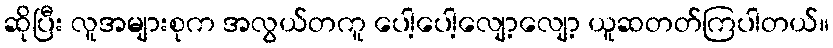
ဆိုပြီး လူအများစုက အလွယ်တကူ ပေါ့ပေါ့လျော့လျော့ ယူဆတတ်ကြပါတယ်။